Medical and sanitary report on the native army of Bombay for the year
Year: 1878
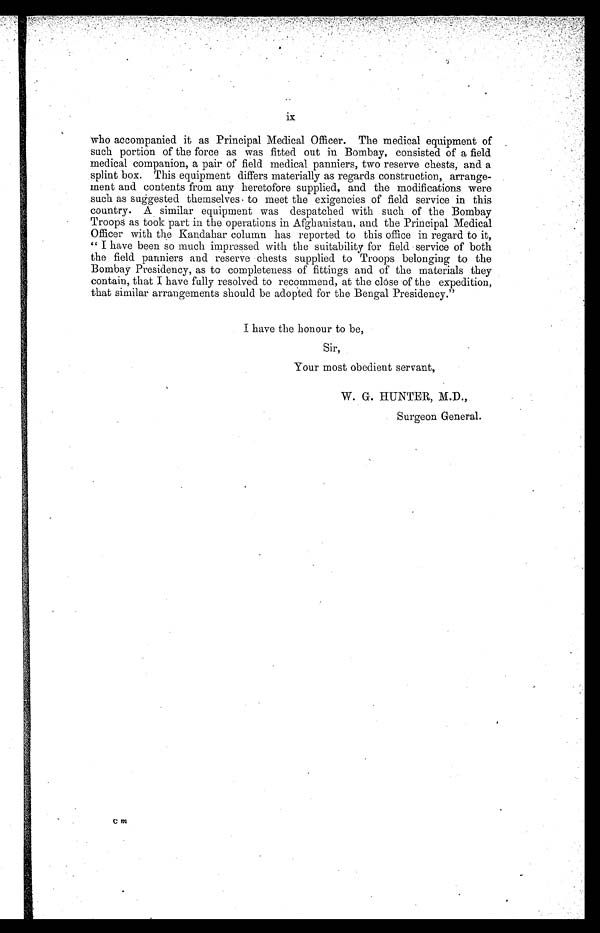
ix
who accompanied it as Principal Medical Officer. The medical equipment of
such portion of the force as was fitted out in Bombay, consisted of a field
medical companion, a pair of field medical panniers, two reserve chests, and a
splint box. This equipment differs materially as regards construction, arrange-
ment and contents from any heretofore supplied, and the modifications were
such as suggested themselves to meet the exigencies of field service in this
country. A similar equipment was despatched with such of the Bombay
Troops as took part in the operations in Afghanistan, and the Principal Medical
Officer with the Kandahar column has reported to this office in regard to it,
" I have been so much impressed with the suitability for field service of both
the field panniers and reserve chests supplied to Troops belonging to the
Bombay Presidency, as to completeness of fittings and of the materials they
contain, that I have fully resolved to recommend, at the close of the expedition,
that similar arrangements should be adopted for the Bengal Presidency."
I have the honour to be,
Sir,
Your most obedient servant,
W. G. HUNTER, M.D.,
Surgeon General.
C m